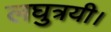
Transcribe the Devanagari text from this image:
लघुत्रयी।